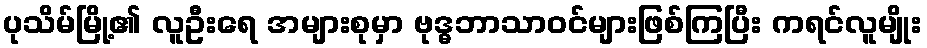
ပုသိမ်မြို့၏ လူဦးရေ အများစုမှာ ဗုဒ္ဓဘာသာဝင်များဖြစ်ကြပြီး ကရင်လူမျိုး